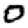
Digit: 0